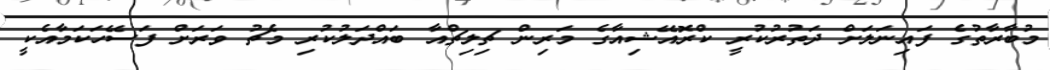
މުބާރާތުގެ ފައިނަލަށް ދަތުރުކުރީ ކްރޮއޭޝިއާގެ މަރިން ޗިލިޗްއާ ބައްދަލުކުރި މެޗު ވަރަށް ފަސޭހަކަމާއެކީ